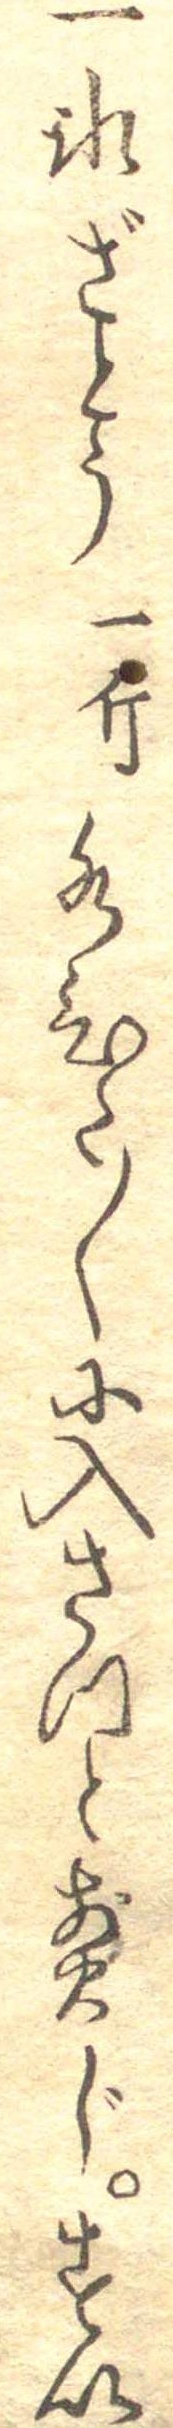
一氷ざとう一斤水ひた〱に入さつと煎じすい